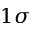
1 \sigma